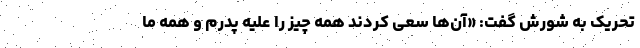
تحریک به شورش گفت: «آن‌ها سعی کردند همه چیز را علیه پدرم و همه ما